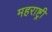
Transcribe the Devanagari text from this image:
महराष्ट्री